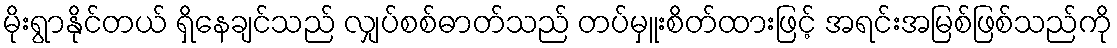
မိုးရွာနိုင်တယ် ရှိနေချင်သည် လျှပ်စစ်ဓာတ်သည် တပ်မှူးစိတ်ထားဖြင့် အရင်းအမြစ်ဖြစ်သည်ကို